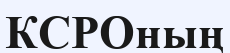
КСРОның